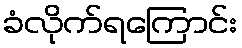
ခံလိုက်ရကြောင်း